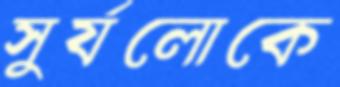
সুর্যলোকে